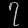
Digit: ၇